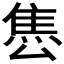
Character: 𨿈